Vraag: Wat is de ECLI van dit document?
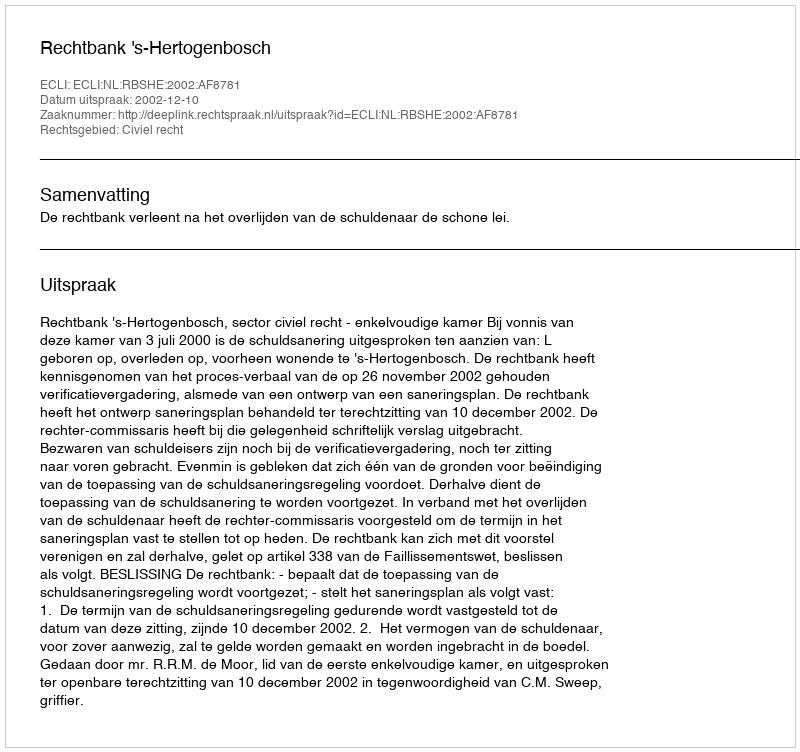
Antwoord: ECLI:NL:RBSHE:2002:AF8781